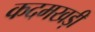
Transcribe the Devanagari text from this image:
कदमखड़ी